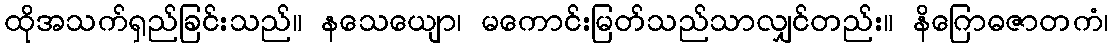
ထိုအသက်ရှည်ခြင်းသည်။ နသေယျော၊ မကောင်းမြတ်သည်သာလျှင်တည်း။ နိဂြောဓဇာတကံ၊